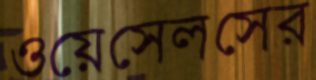
ওয়েসেলসের